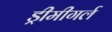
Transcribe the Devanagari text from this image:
ड्रीमीगर्ल